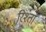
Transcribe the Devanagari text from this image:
रिश्‍तों